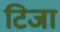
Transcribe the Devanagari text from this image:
टिजा